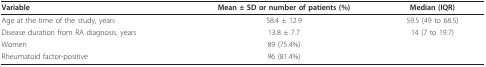
<table><thead><tr><td><b>Variable</b></td><td><b>Mean ± SD or number of patients (%)</b></td><td><b>Median (IQR)</b></td></tr></thead><tbody><tr><td>Age at the time of the study, years</td><td>58.4 ± 12.9</td><td>59.5 (49 to 68.5)</td></tr><tr><td>Disease duration from RA diagnosis, years</td><td>13.8 ± 7.7</td><td>14 (7 to 19.7)</td></tr><tr><td>Women</td><td>89 (75.4%)</td><td></td></tr><tr><td>Rheumatoid factor-positive</td><td>96 (81.4%)</td><td></td></tr></tbody></table>